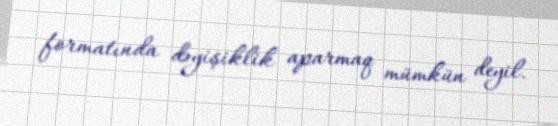
formatında dəyişiklik aparmaq mümkün deyil.